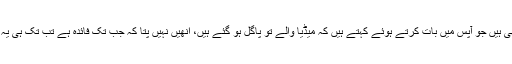
گریجویشن میں پڑھنے والے کچھ نوجوان بھی ہیں جو آپس میں بات کرتے ہوئے کہتے ہیں کہ میڈیا والے تو پاگل ہو گئے ہیں، انھیں نہیں پتا کہ جب تک فائدہ ہے تب تک ہی یہ ہندو رہیں گے، پھر وہ مسلمان ہی بنیں گے۔